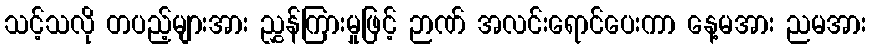
သင့်သလို တပည့်များအား ညွှန်ကြားမှုဖြင့် ဉာဏ် အလင်းရောင်ပေးကာ နေ့မအား ညမအား